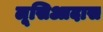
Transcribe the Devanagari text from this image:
लूसिआदास